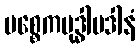
ပစ္စေကဗုဒ္ဓါပဒါနံ